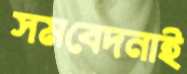
সমবেদনাই